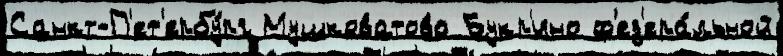
Санкт-П'ет'ербу́рг Мушковатово Букр'ино ф'ед'ера́льной